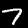
Label: 7